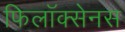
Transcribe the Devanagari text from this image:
फिलॉक्सेनस